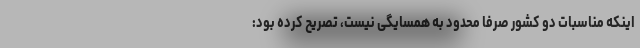
اینکه مناسبات دو کشور صرفاً محدود به همسایگی نیست، تصریح کرده بود: